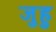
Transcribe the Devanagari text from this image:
जुहु